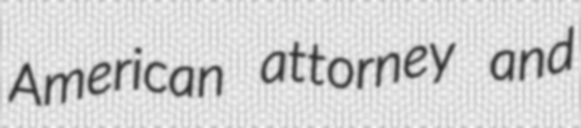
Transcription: American attorney and